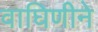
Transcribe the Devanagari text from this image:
वाघिणीने